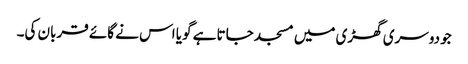
جو دوسری گھڑی میں مسجد جاتا ہے گویا اس نے گائے قربان کی۔